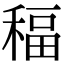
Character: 稫